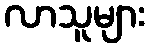
လာသူများ